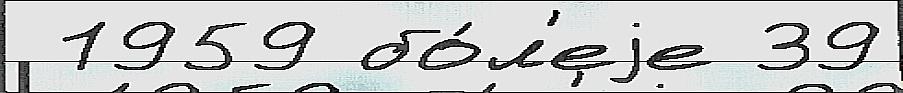
 1959 бо́л'еjе 39